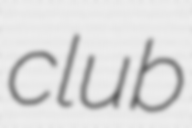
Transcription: club